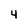
Character: 4